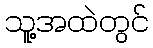
သူ့အထဲတွင်